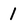
Character: 1